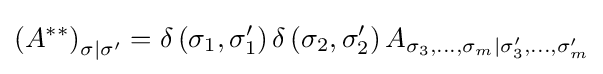
\left(A^{**}\right)_{\sigma |\sigma '}=\delta \left(\sigma _{1},\sigma _{1}'\right)\delta \left(\sigma _{2},\sigma _{2}'\right)A_{\sigma _{3},\ldots ,\sigma _{m}|\sigma _{3}',\ldots ,\sigma _{m}'}